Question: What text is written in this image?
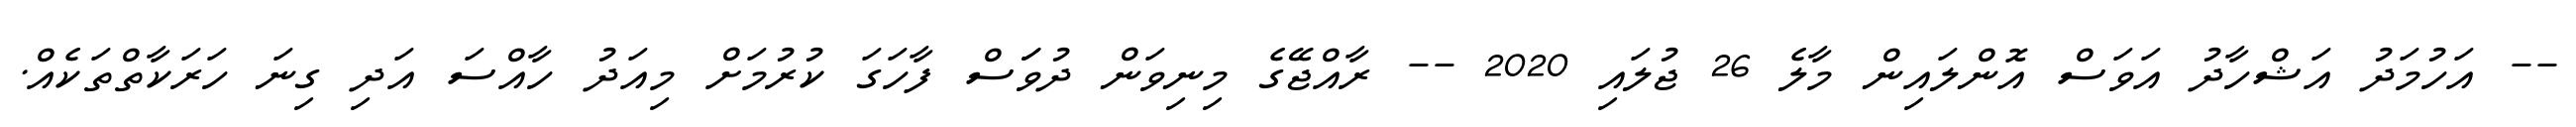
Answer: -- އަހުމަދު އަޝްހާދު އަވަސް އޮންލައިން މާލެ 26 ޖުލައި 2020 -- ރާއްޖޭގެ މިނިވަން ދުވަަސް ފާހަގަ ކުރުމަށް މިއަދު ހާއްސަ އަދި ގިނަ ހަރަކާތްތަކެއް.